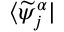
\langle \widetilde { \psi } _ { j } ^ { \alpha } |